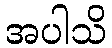
အပါသိ